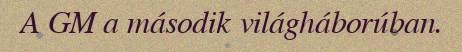
A GM a második világháborúban.